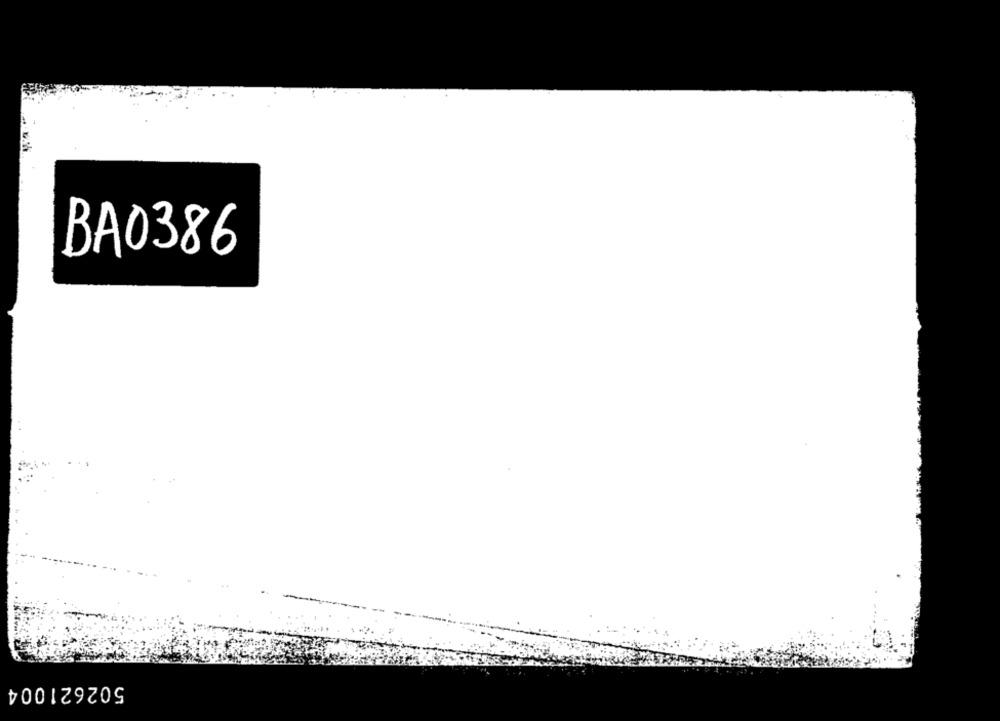
BA0386
502621004